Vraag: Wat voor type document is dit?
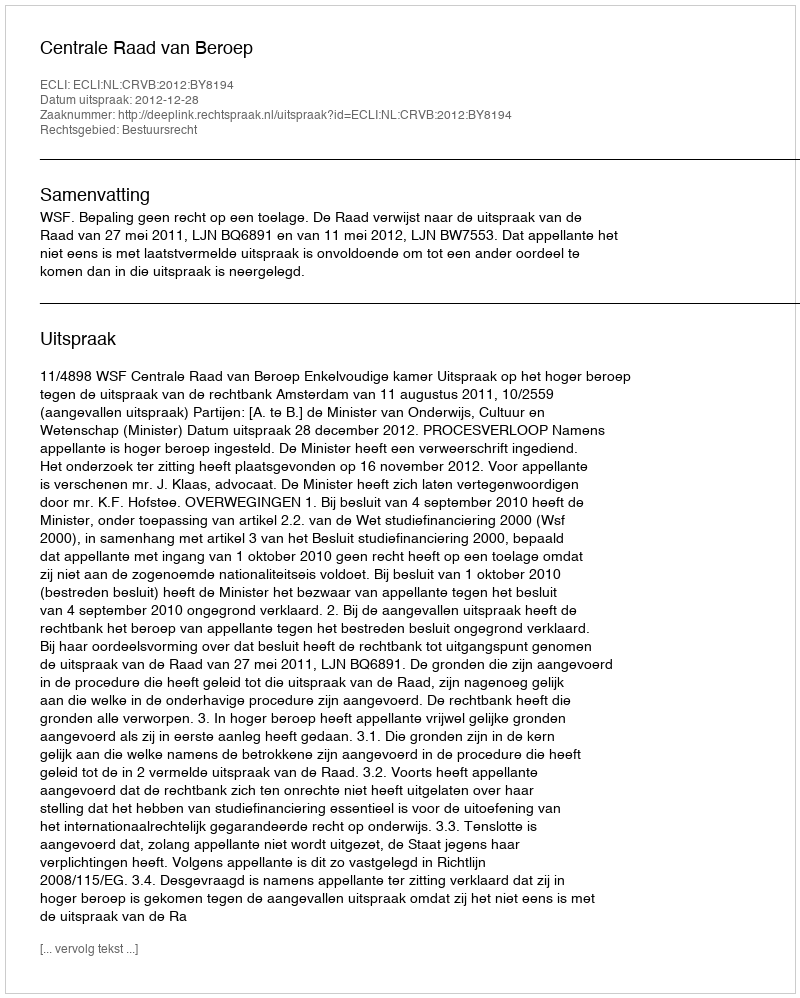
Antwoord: Uitspraak